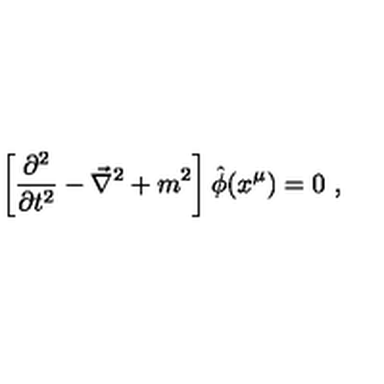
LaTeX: \left[ \frac { \partial ^ { 2 } } { \partial t ^ { 2 } } - \vec { \nabla } ^ { 2 } + m ^ { 2 } \right] \hat { \phi } ( x ^ { \mu } ) = 0 \ ,